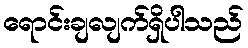
ရောင်းချလျက်ရှိပါသည်